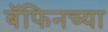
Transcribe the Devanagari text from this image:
बॅफिनच्या